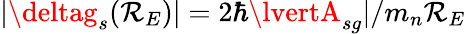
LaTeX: \lvert\deltag_{s}(\mathcal{R}_{E})\rvert=2\hbar\lvertA_{sg}\rvert/m_{n}\mathcal{R}_{E}